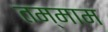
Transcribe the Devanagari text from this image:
तम्माम